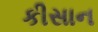
કીસાન